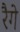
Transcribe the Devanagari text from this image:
रैगे